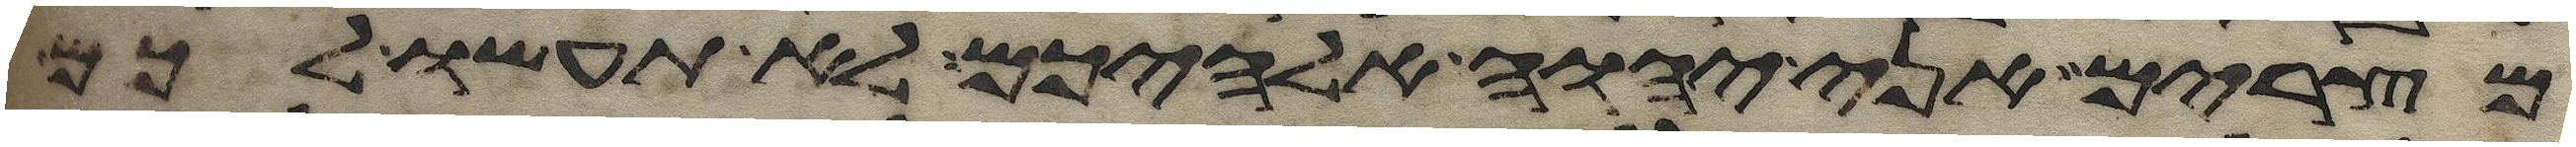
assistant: מצרים אני יהוה אלהיכם לא תעשו לכם